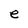
Character: e